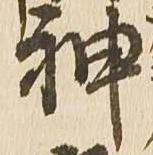
神